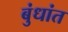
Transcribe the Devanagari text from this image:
बुंधांत